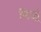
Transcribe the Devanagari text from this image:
मिळूं